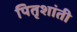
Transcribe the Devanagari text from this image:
पितृशांती